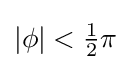
{\textstyle |\phi |<{\tfrac {1}{2}}\pi }